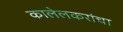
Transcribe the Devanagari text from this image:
कालेलकरांचा